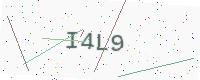
Text: I4L9